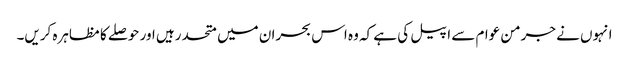
انہوں نے جرمن عوام سے اپیل کی ہے کہ وہ اس بحران میں متحد رہیں اور حوصلے کا مظاہرہ کریں۔